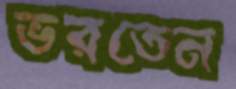
ভরতেন